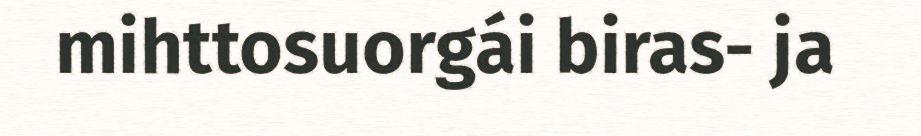
mihttosuorgái biras- ja